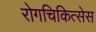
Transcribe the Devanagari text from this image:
रोगचिकित्सेस